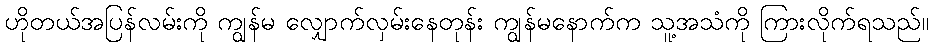
ဟိုတယ်အပြန်လမ်းကို ကျွန်မ လျှောက်လှမ်းနေတုန်း ကျွန်မနောက်က သူ့အသံကို ကြားလိုက်ရသည်။